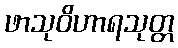
ဖာသုဝိဟာရသုတ္တ